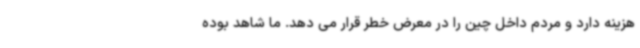
هزینه دارد و مردم داخل چین را در معرض خطر قرار می دهد. ما شاهد بوده